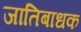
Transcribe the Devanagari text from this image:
जातिबाधक